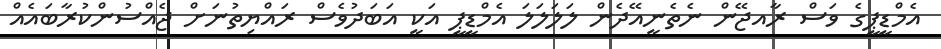
އެމްޑީޕީގެ ވަސް ރާއޖޭން ނެތެނީއޭދެން ލަލަލަލަ އެމްޑީޕީ އަކީ އަބަދުވެސް ރައްޔިތުނަށް ޖެއްސުންކުރާބައެއް